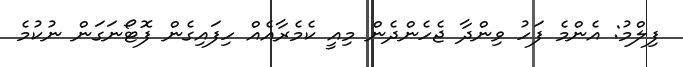
ފިލްމު: އެންމެ ފަހު ވިންދާ ޖެހެންދެން މިއީ ކެމެރާއެއް ހިފައިގެން ފޮޓޯނަގަން ނުކުމެ